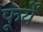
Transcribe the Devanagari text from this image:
फूर्यें